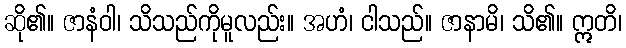
ဆို၏။ ဇာနံဝါ၊ သိသည်ကိုမူလည်း။ အဟံ၊ ငါသည်။ ဇာနာမိ၊ သိ၏။ ဣတိ၊